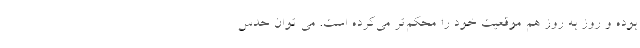
بوده و روز به روز هم موقعیت خود را محکم‌تر می‌کرده است. می توان حدس